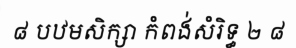
៨ បឋមសិក្សា កំពង់សំរិទ្ធ ២ ៨